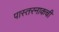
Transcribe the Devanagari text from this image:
पास्तरनाकची